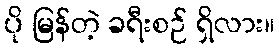
ပို မြန်တဲ့ ခရီးစဉ် ရှိလား။